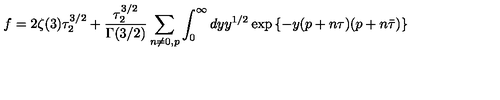
f = 2 \zeta ( 3 ) \tau _ { 2 } ^ { 3 / 2 } + { \frac { \tau _ { 2 } ^ { 3 / 2 } } { \Gamma ( 3 / 2 ) } } \sum _ { n \neq 0 , p } \int _ { 0 } ^ { \infty } d y y ^ { 1 / 2 } \exp \left\{ - y ( p + n \tau ) ( p + n \bar { \tau } ) \right\}